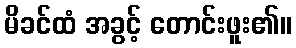
မိခင်ထံ အခွင့် တောင်းဖူး၏။